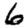
Digit: 6